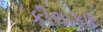
કીલાકાર